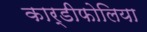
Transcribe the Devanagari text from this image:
कार्डीफोलिया